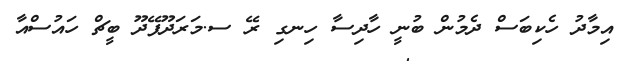
އިމާދު ހެކިބަސް ދެމުން ބުނީ ހާދިސާ ހިނގި ރޭ ސ.މަރަދޫފޭދޫ ބީޗް ހައުސްއާ